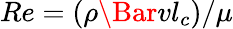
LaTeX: Re=(\rho\Bar{v}l_{c})/\mu